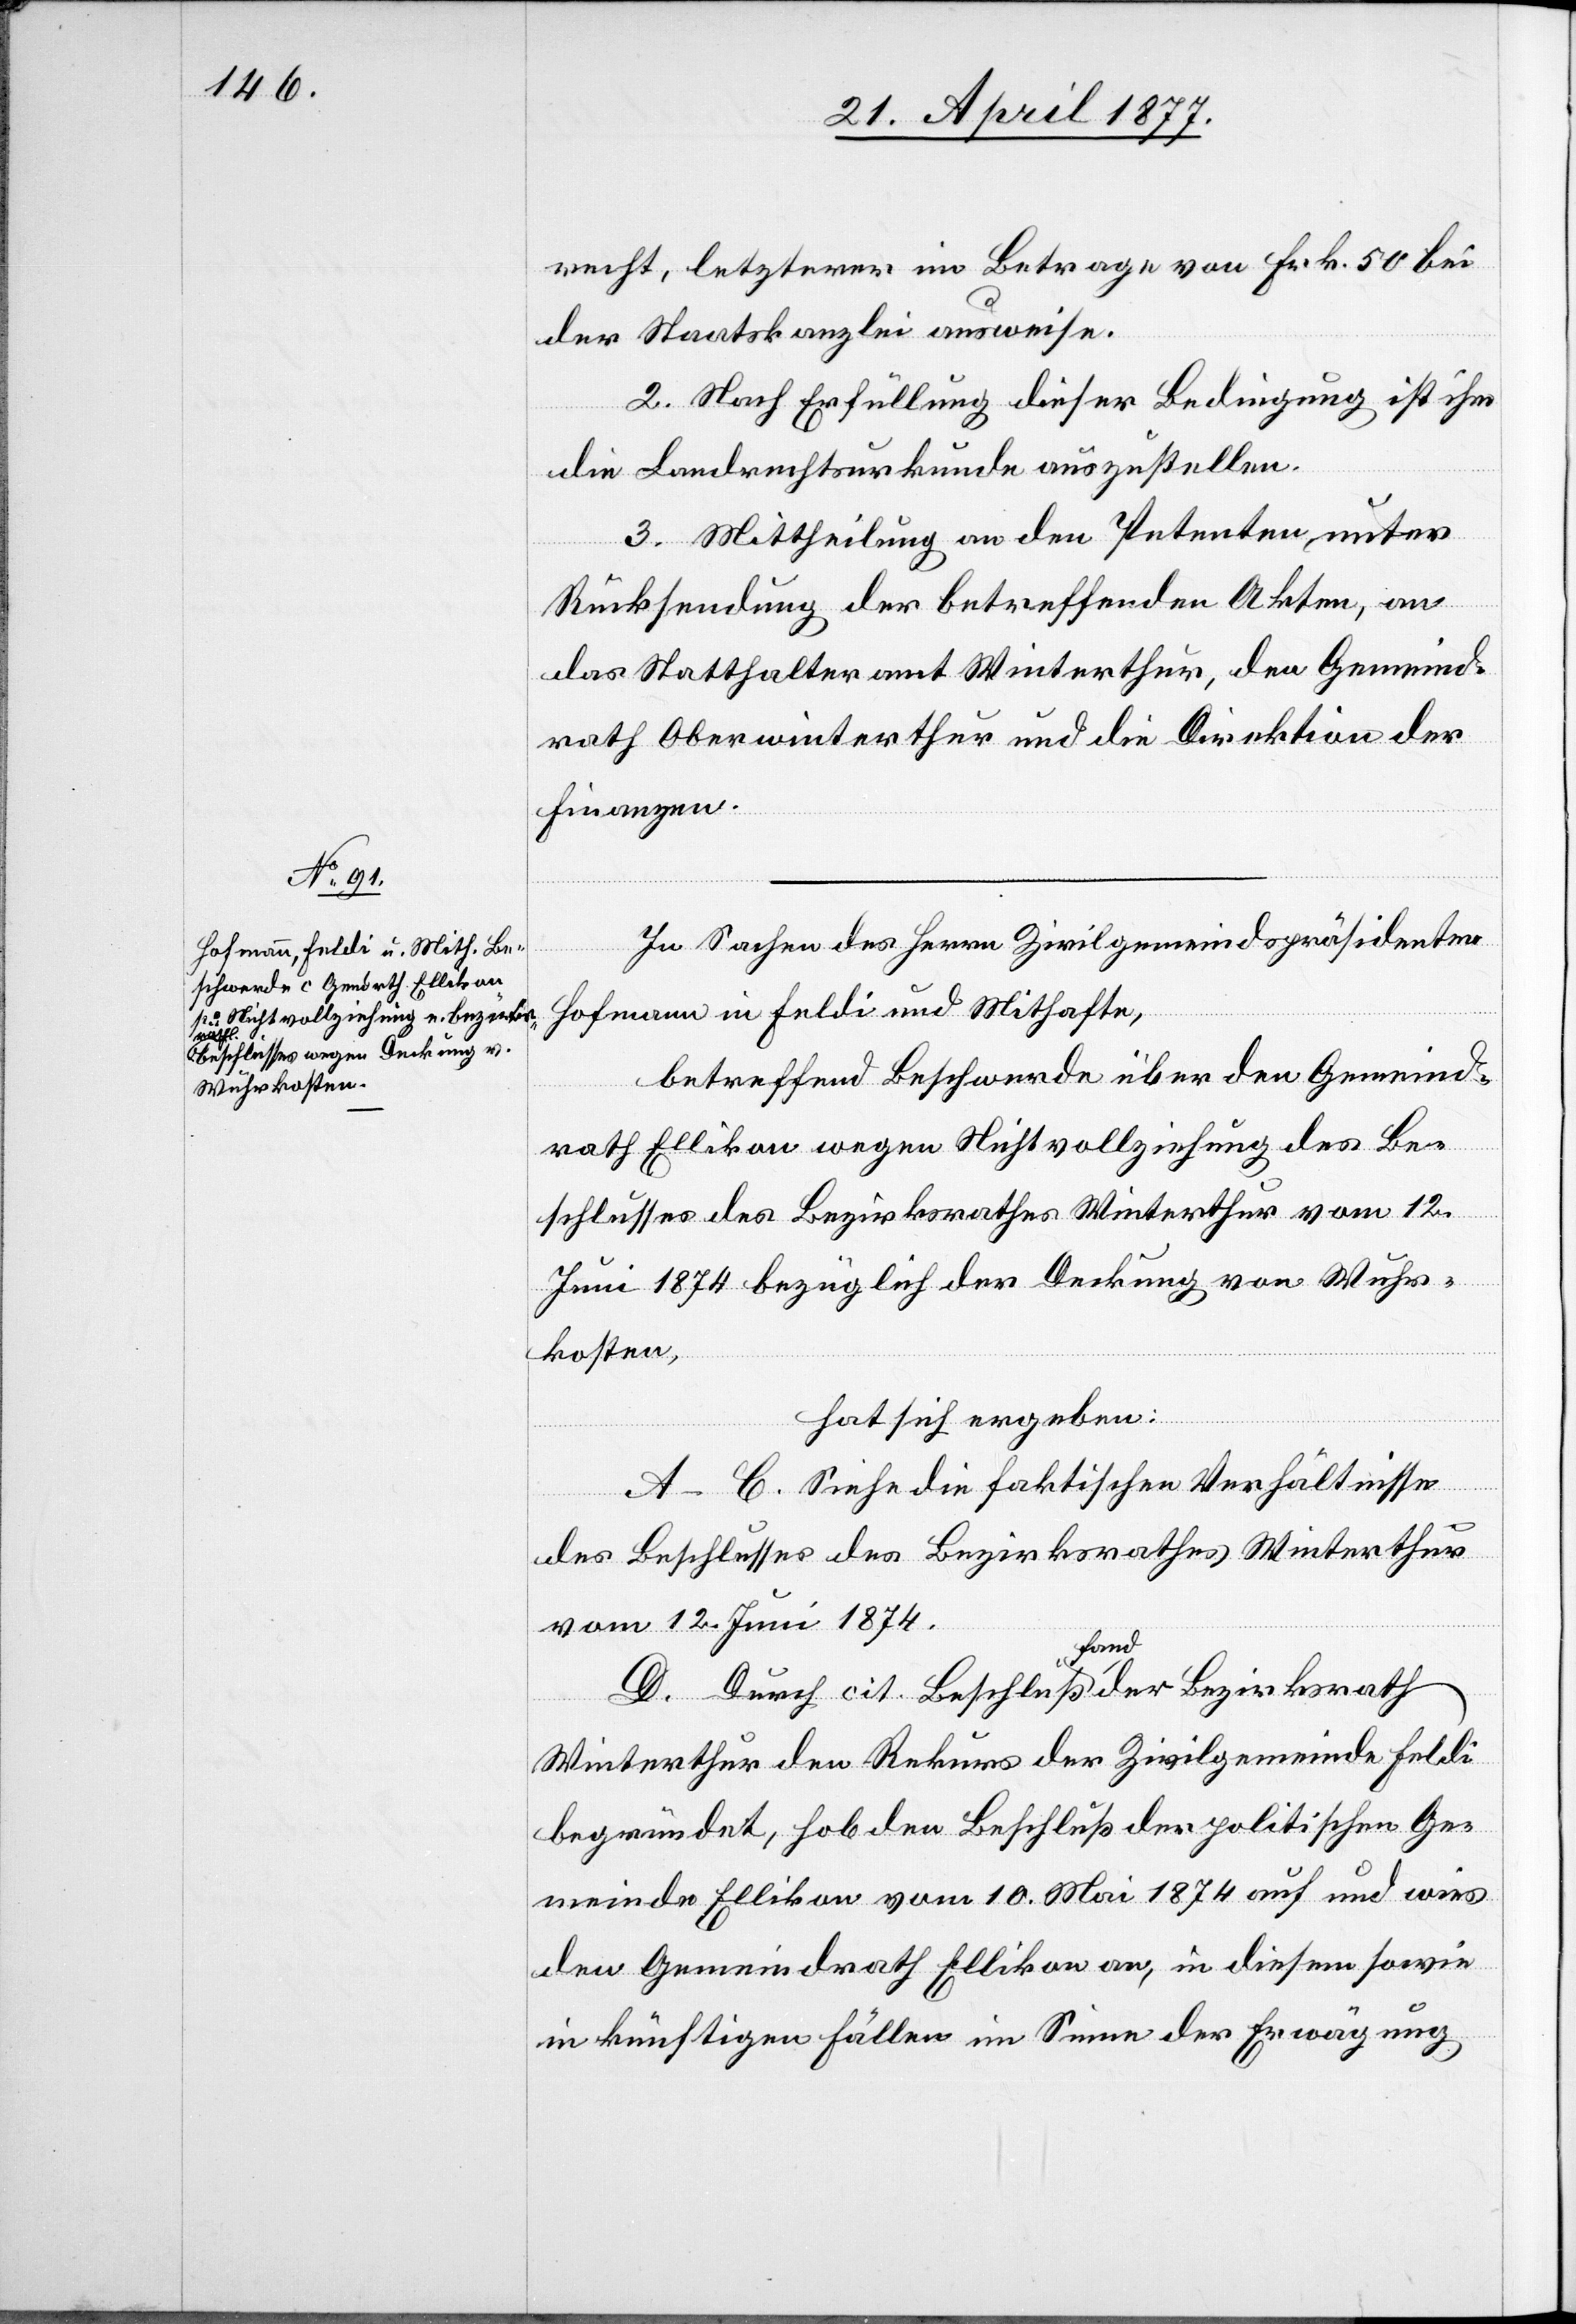
recht, letzterer im Betrage von Frk. 50 bei
der Staatskanzlei ausweise.
2. Nach Erfüllung dieser Bedingung ist ihm
die Landrechtsurkunde auszustellen.
3. Mittheilung an den Petenten, unter
Rücksendung der betreffenden Akten, an
das Statthalteramt Winterthur, den Gemeind¬
rath Oberwinterthur und die Direktion der
Finanzen.
In Sachen des Herrn Zivilgemeindspräsidenten
Hofmann in Feldi und Mithafte,
betreffend Beschwerde über den Gemeind¬
rath Ellikon wegen Nichtvollziehung des Be¬
schlusses des Bezirksrathes Winterthur vom 12.
Juni 1874 bezüglich der Deckung von Wuhr¬
kosten,
hat sich ergeben:
A–C. Siehe die faktischen Verhältnisse
des Beschlusses des Bezirksrathes Winterthur
vom 12. Juni 1874.
D. Durch cit. Beschluß fand der Bezirksrath
Winterthur den Rekurs der Zivilgemeinde Feldi
begründet, hob den Beschluß der politischen Ge¬
meinde Ellikon vom 10. Mai 1874 auf und wies
den Gemeindrath Ellikon an, in diesem sowie
in künftigen Fällen im Sinne der Erwägung